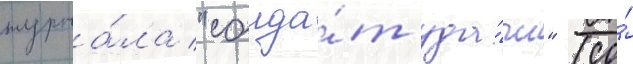
журна́ла "солда́т уда́чи" (со́